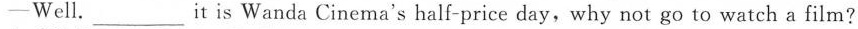
—Well.___It is Wanda Cinema's half-price day，why not go to watch a film？